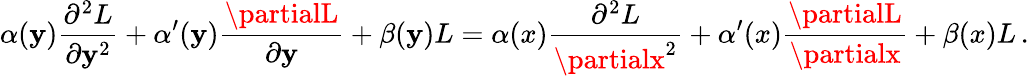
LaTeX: \alpha(\mathbf{y}){\frac{{\partial^{2}L}}{{\partial\mathbf{y}^{2}}}}+\alpha^{\prime}(\mathbf{y}){\frac{{\partialL}}{{\partial\mathbf{y}}}}+\beta(\mathbf{y})L=\alpha(x){\frac{{\partial^{2}L}}{{\partialx^{2}}}}+\alpha^{\prime}(x){\frac{{\partialL}}{{\partialx}}}+\beta(x)L\, .